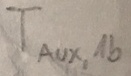
Text: TAUX,1b